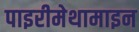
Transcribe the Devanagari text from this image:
पाइरीमेथामाइन